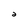
Character: 2